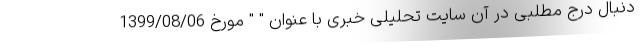
دنبال درج مطلبی در آن سایت تحلیلی خبری با عنوان " " مورخ 1399/08/06